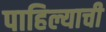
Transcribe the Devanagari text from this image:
पाहिल्याची